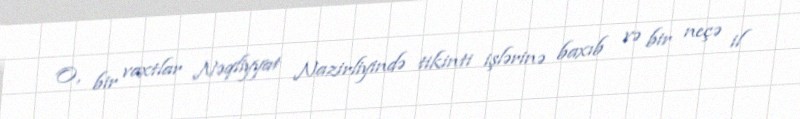
O, bir vaxtlar Nəqliyyat Nazirliyində tikinti işlərinə baxıb və bir neçə il